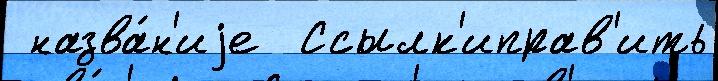
 назва́н'иjе  Ссылк'иправ'ить